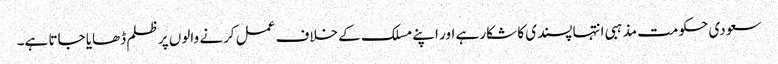
سعودی حکومت مذہبی انتہا پسندی کا شکار ہے اور اپنے مسلک کے خلاف عمل کرنے والوں پر ظلم ڈھایا جاتا ہے۔